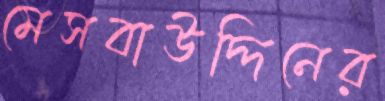
মেসবাউদ্দিনের